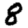
Digit: 8